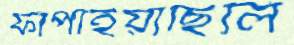
ফাঁপাইয়াছিলি